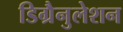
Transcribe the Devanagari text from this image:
डिग्रैनुलेशन